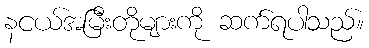
နငယ်အမြီးတိုများကို ဆက်ရပါသည်။